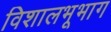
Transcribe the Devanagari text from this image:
विशालभूभाग